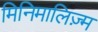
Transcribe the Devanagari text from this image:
मिनिमालिज़्म